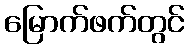
မြောက်ဖက်တွင်